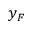
y _ { F }